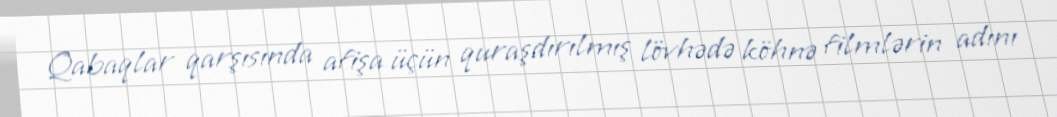
Qabaqlar qarşısında afişa üçün quraşdırılmış lövhədə köhnə filmlərin adını